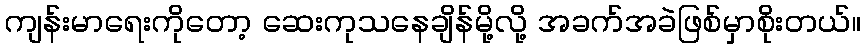
ကျန်းမာရေးကိုတော့ ဆေးကုသနေချိန်မို့လို့ အခက်အခဲဖြစ်မှာစိုးတယ်။